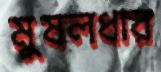
মুষলধার